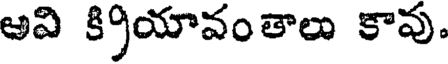
అవి క్రియావంతాలు కావు.